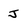
Character: J